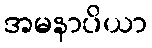
အမနာပိယာ